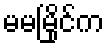
မမမြိုင်က